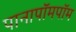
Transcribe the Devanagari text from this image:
पानापॉमपॉम